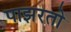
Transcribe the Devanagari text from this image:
पाझरतो